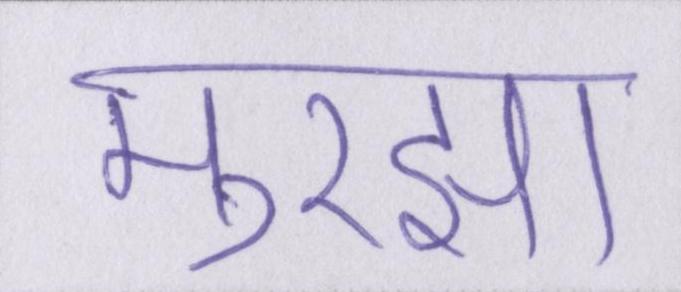
मुरझा